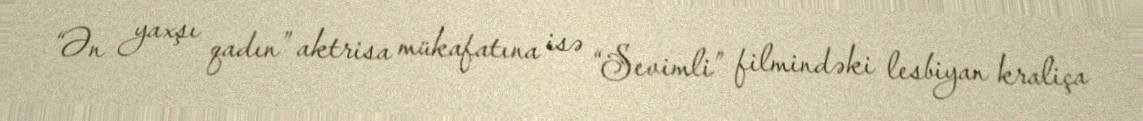
“Ən yaxşı qadın” aktrisa mükafatına isə “Sevimli” filmindəki lesbiyan kraliça